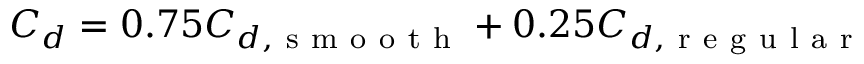
C _ { d } = 0 . 7 5 C _ { d , \mathrm { ~ s ~ m ~ o ~ o ~ t ~ h ~ } } + 0 . 2 5 C _ { d , \mathrm { ~ r ~ e ~ g ~ u ~ l ~ a ~ r ~ } }